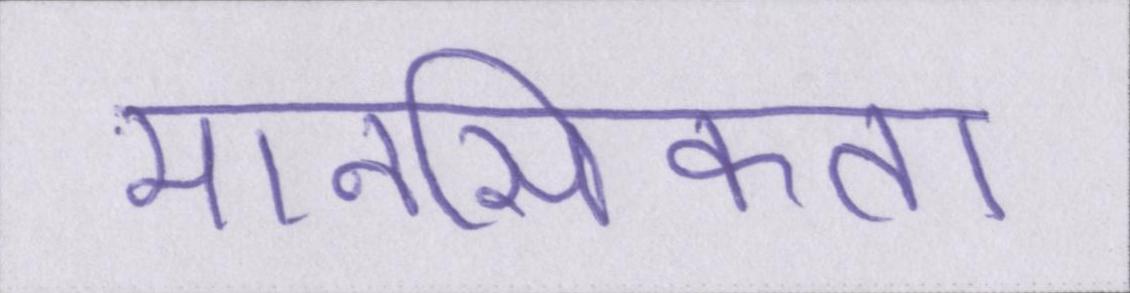
मानसिकता